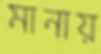
মানায়